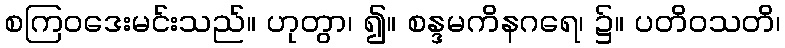
စကြဝဒေးမင်းသည်။ ဟုတွာ၊ ၍။ စန္ဒမကိနဂရေ၊ ၌။ ပတိဝသတိ၊